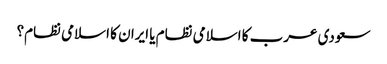
سعودی عرب کا اسلامی نظام یا ایران کا اسلامی نظام؟